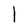
Character: l